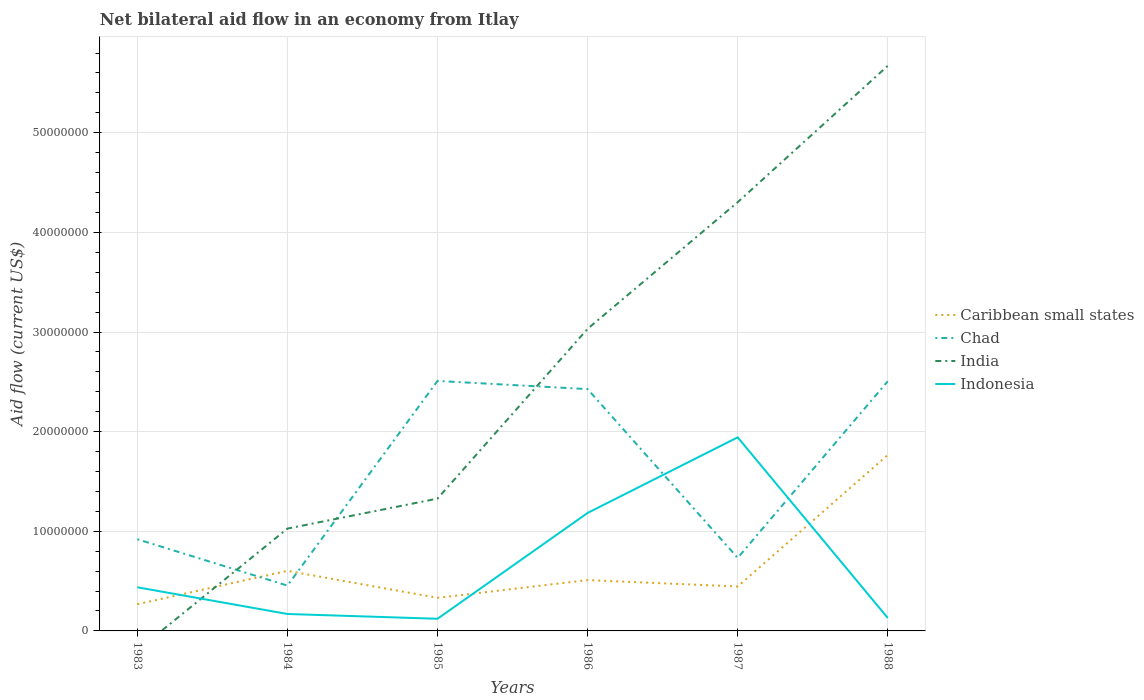
| Years | Caribbean small states | Chad | India | Indonesia |
 | --- | --- | --- | --- | --- |
 | 1983 | 2.68e+06 | 9.2e+06 | -1.96e+06 | 4.38e+06 |
 | 1984 | 6.03e+06 | 4.55e+06 | 1.03e+07 | 1.7e+06 |
 | 1985 | 3.32e+06 | 2.51e+07 | 1.33e+07 | 1.22e+06 |
 | 1986 | 5.1e+06 | 2.43e+07 | 3.03e+07 | 1.18e+07 |
 | 1987 | 4.46e+06 | 7.33e+06 | 4.3e+07 | 1.94e+07 |
 | 1988 | 1.77e+07 | 2.51e+07 | 5.67e+07 | 1.3e+06 |